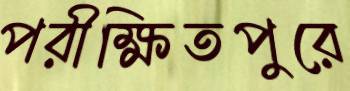
পরীক্ষিতপুরে